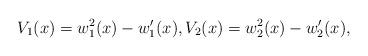
LaTeX: \begin{align*} V_1(x) = w_1^2(x)-w_1^\prime(x), V_2(x) = w_2^2(x) - w_2^\prime(x), \end{align*}